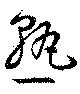
熟